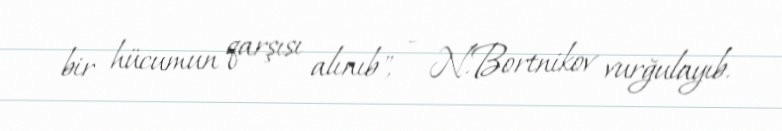
bir hücumun qarşısı alınıb", - N.Bortnikov vurğulayıb.